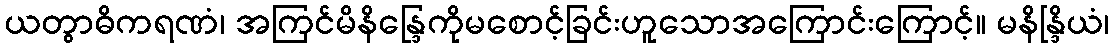
ယတွာဓိကရဏံ၊ အကြင်မိနိန္ဒြေကိုမစောင့်ခြင်းဟူသောအကြောင်းကြောင့်။ မနိန္ဒြိယံ၊